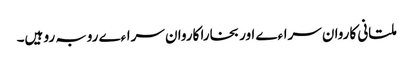
ملتانی کاروان سراءے اور بخارا کاروان سراءے روبہ رو ہیں۔